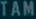
TAM